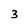
Character: 3